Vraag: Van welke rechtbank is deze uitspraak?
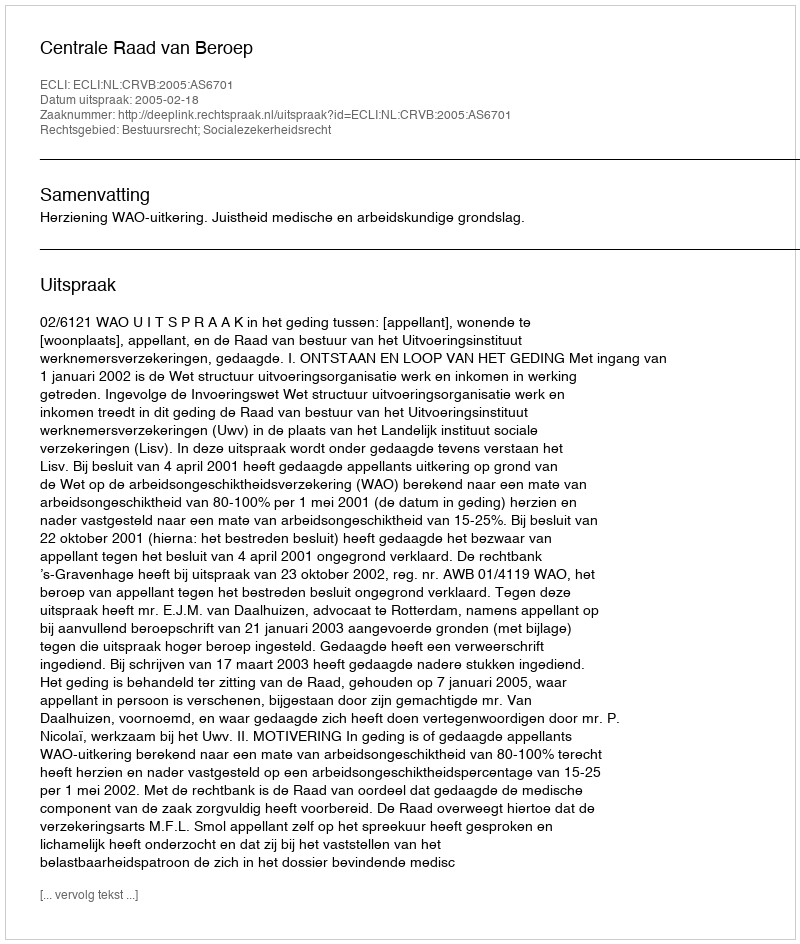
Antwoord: Centrale Raad van Beroep